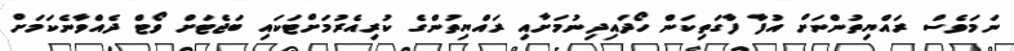
ނަމަވެސް ރައްޔިތުންނަށް އުފާ ފާގަތިކަން ހޯދައިދިނުމަށާއި ރައްޔިތުންގެ ކުރިއެރުމަށްޓަކައި ބަޖެޓަށް ވޯޓް ދެއްވާނެކަމަށް